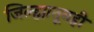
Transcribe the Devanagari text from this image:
जिल्ह्यातूनही